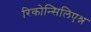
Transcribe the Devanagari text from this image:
रिकोन्सिलिएश्न